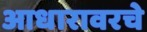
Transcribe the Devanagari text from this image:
आधारावरचे